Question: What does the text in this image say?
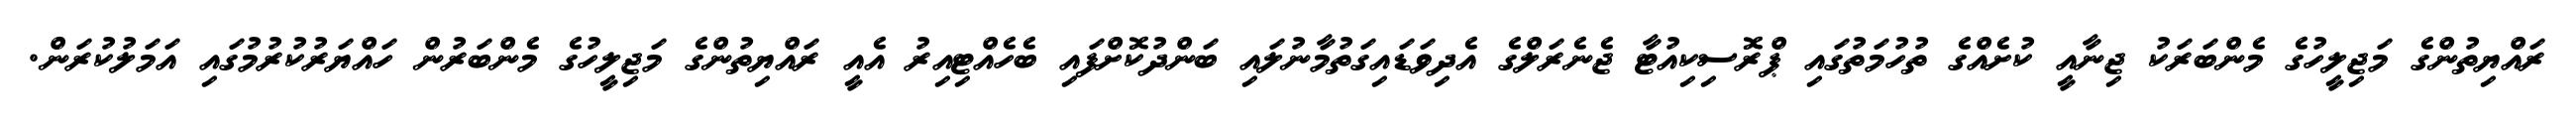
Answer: ރައްޔިތުންގެ މަޖިލީހުގެ މެންބަރަކު ޖިނާއީ ކުށެއްގެ ތުހުމަތުގައި ޕްރޮސިކިއުޓާ ޖެނެރަލްގެ އެދިވަޑައިގަތުމާނުލައި ބަންދުކޮށްފައި ބެހެއްޓިއިރު އެއީ ރައްޔިތުންގެ މަޖިލީހުގެ މެންބަރުން ހައްޔަރުކުރުމުގައި އަމަލުކުރަން.